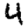
Digit: 4